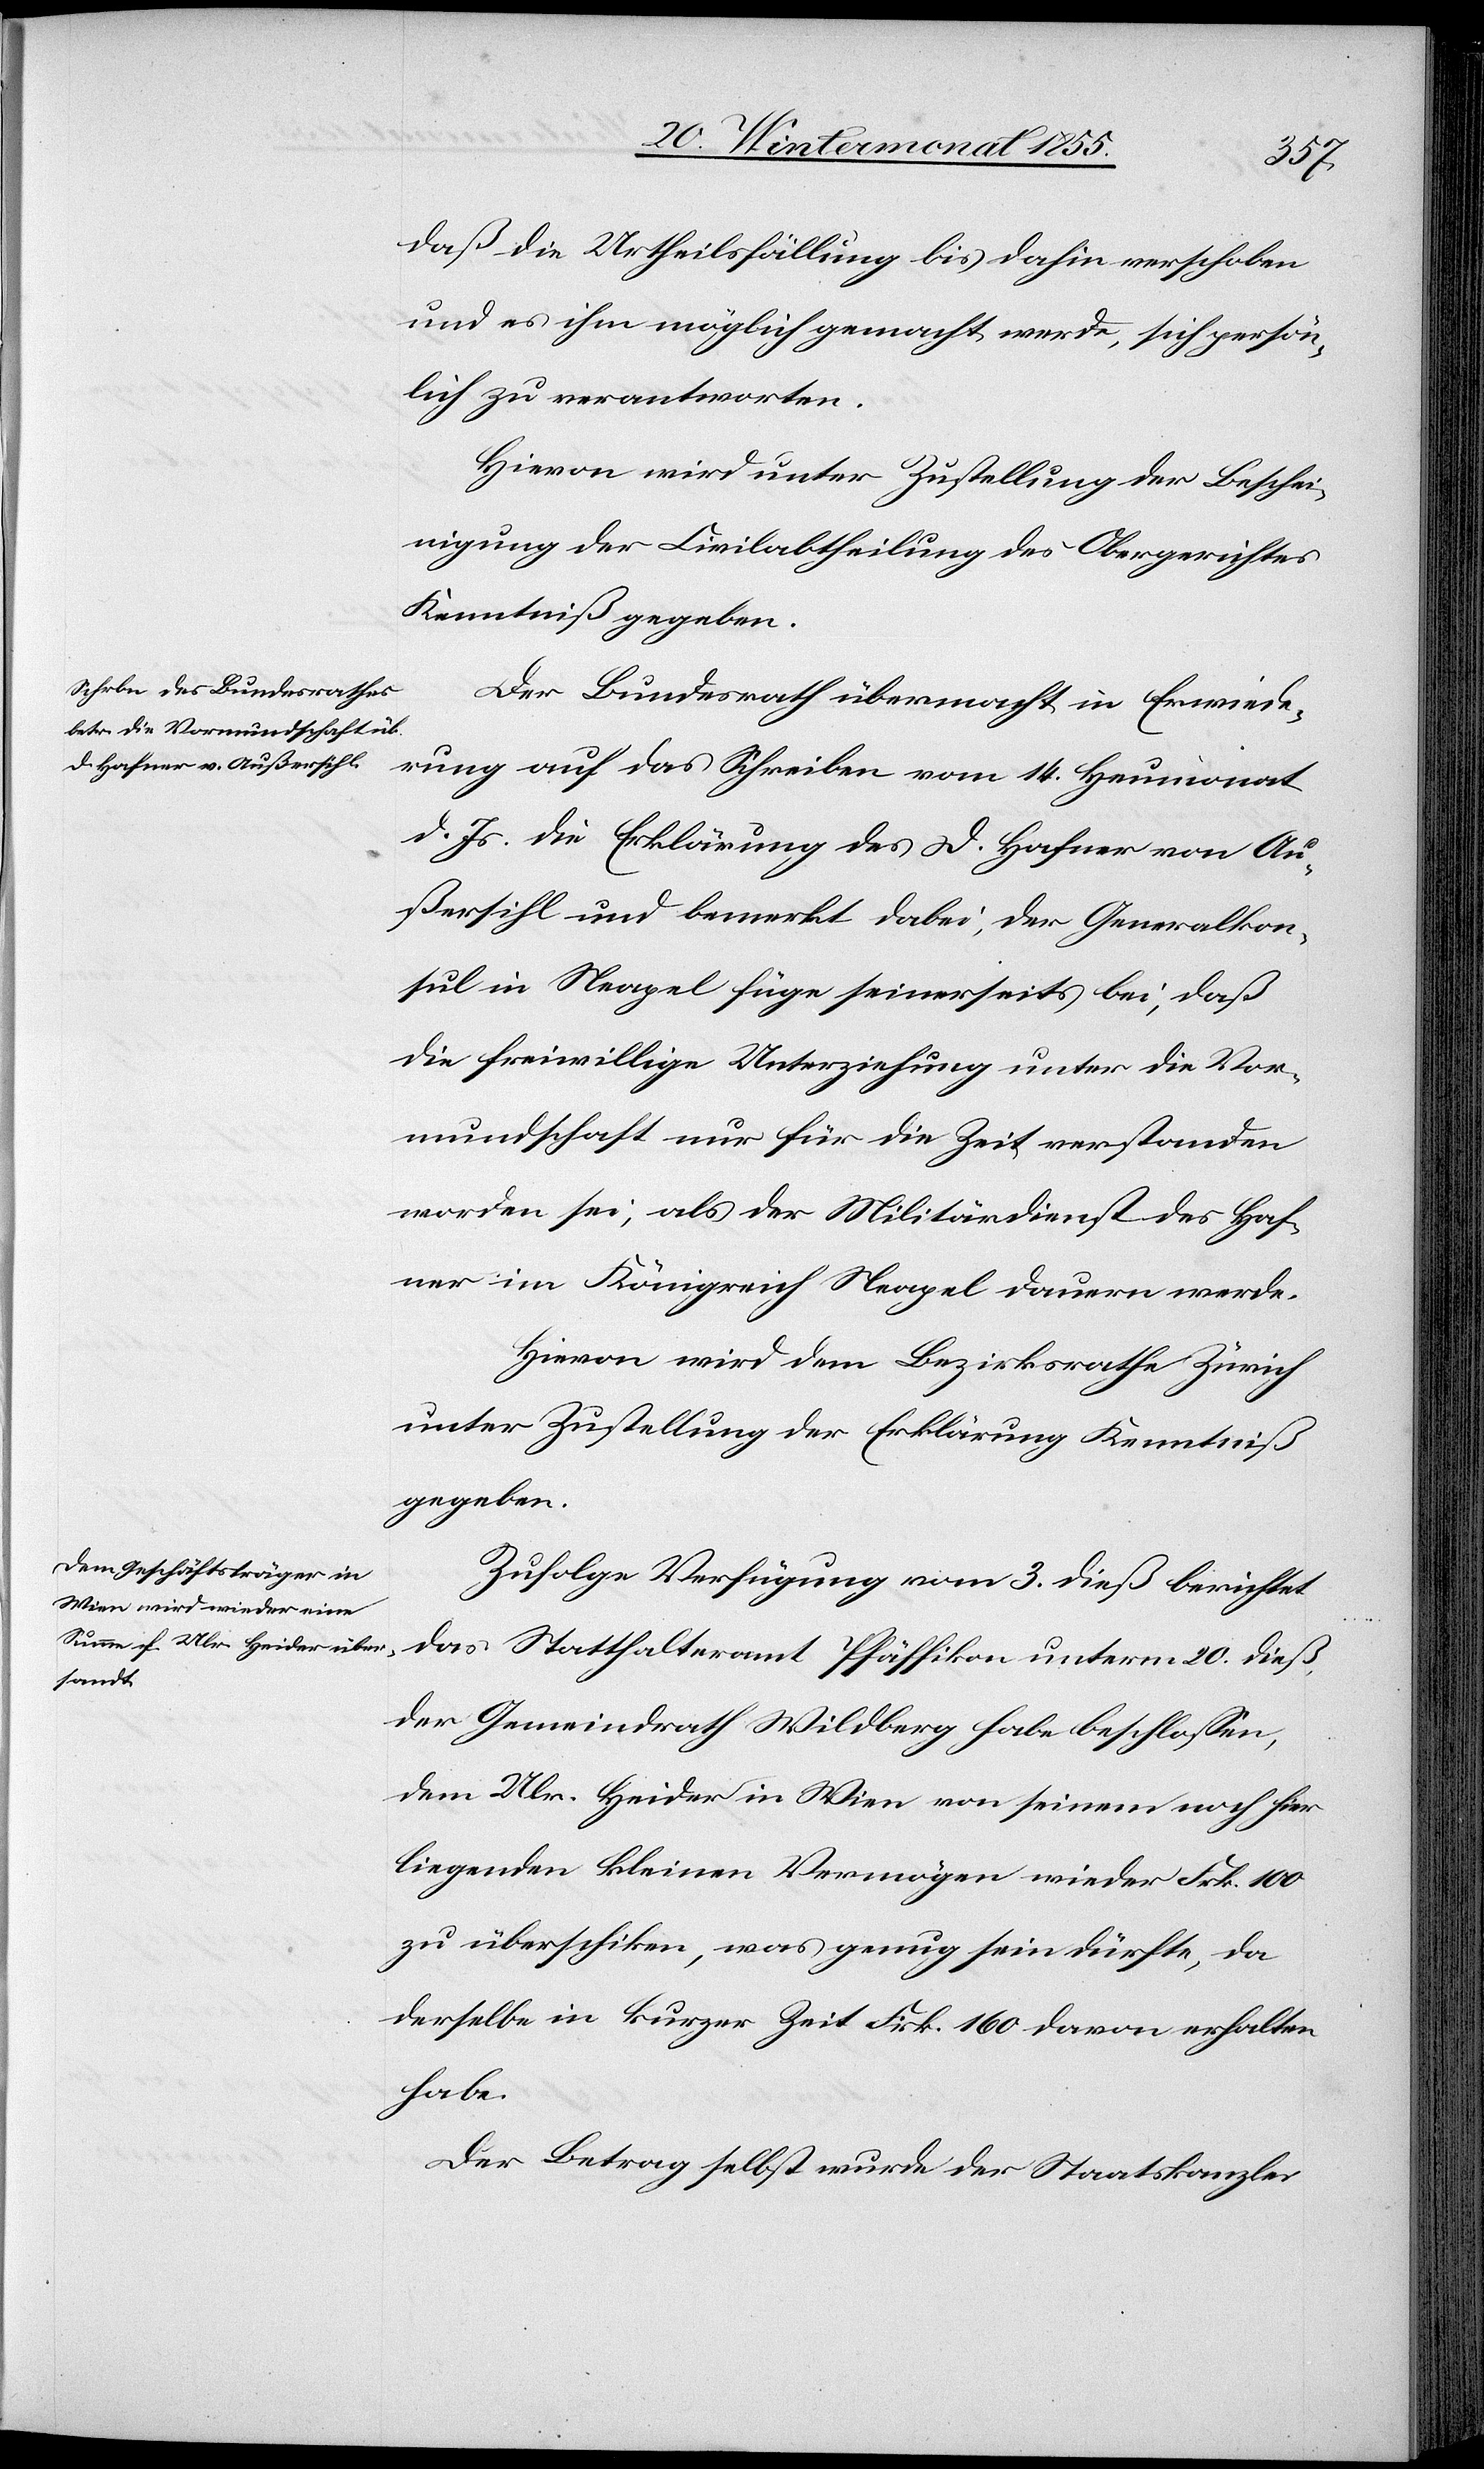
21. Wintermonat 1855.]
daß die Urtheilsfällung bis dahin verschoben
und es ihm möglich gemacht werde, sich persön¬
lich zu verantworten.
Hievon wird unter Zustellung der Beschei¬
nigung der Civilabtheilung des Obergerichtes
Kenntniß gegeben.
Der Bundesrath übermacht in Erwiede¬
rung auf das Schreiben vom 14. Heumonat
d. Js. die Erklärung des D. Hafner von Au¬
ßersihl und bemerkt dabei, der Generalkon¬
sul in Neapel füge seinerseits bei, daß
die freiwillige Unterziehung unter die Vor¬
mundschaft nur für die Zeit verstanden
worden sei, als der Militärdienst des Haf¬
ner im Königreich Neapel dauern werde.
Hievon wird dem Bezirksrathe Zürich
unter Zustellung der Erklärung Kenntniß
gegeben.
Zufolge Verfügung vom 3. dieß berichtet
das Statthalteramt Pfäffikon unterm 20. dieß,
der Gemeindrath Wildberg habe beschlossen,
dem Ulr. Heider in Wien von seinem noch hier
liegenden kleinen Vermögen wieder Frk. 100
zu überschiken, was genug sein dürfte, da
derselbe in kurzer Zeit Frk. 160 davon erhalten
habe.
Der Betrag selbst wurde der Staatskanzlei